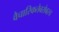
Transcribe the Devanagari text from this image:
वैचारिकतेबरोबरच